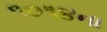
૧૦૧૪ના